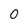
Character: 0